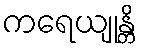
ကရေယျုန္တိ